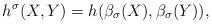
LaTeX: \begin{align*}h^{\sigma}(X,Y)=h(\beta_{\sigma}(X), \beta_{\sigma}(Y)),\end{align*}